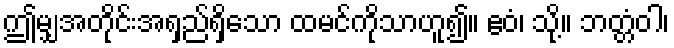
ဤမျှအတိုင်းအရှည်ရှိသော ထမင်ကိုသာဟူ၍။ ဧဝံ၊ သို့။ ဘတ္တံဝါ၊